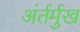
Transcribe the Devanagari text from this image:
अंर्तर्मुख